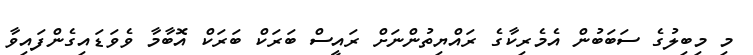
މި މިބިލުގެ ސަބަބުން އެމެރިކާގެ ރައްޔިތުންނަށް ރައީސް ބަރަކް ބަރަކް އޮބާމާ ވެވަޑައިގެންފައިވާ